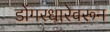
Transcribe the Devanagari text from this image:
डोंगरधारेवरून